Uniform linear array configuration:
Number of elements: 16
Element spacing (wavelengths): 0.25
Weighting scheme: uniform
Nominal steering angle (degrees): -60
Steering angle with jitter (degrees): -60.477
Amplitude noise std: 0.05
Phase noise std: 0.05

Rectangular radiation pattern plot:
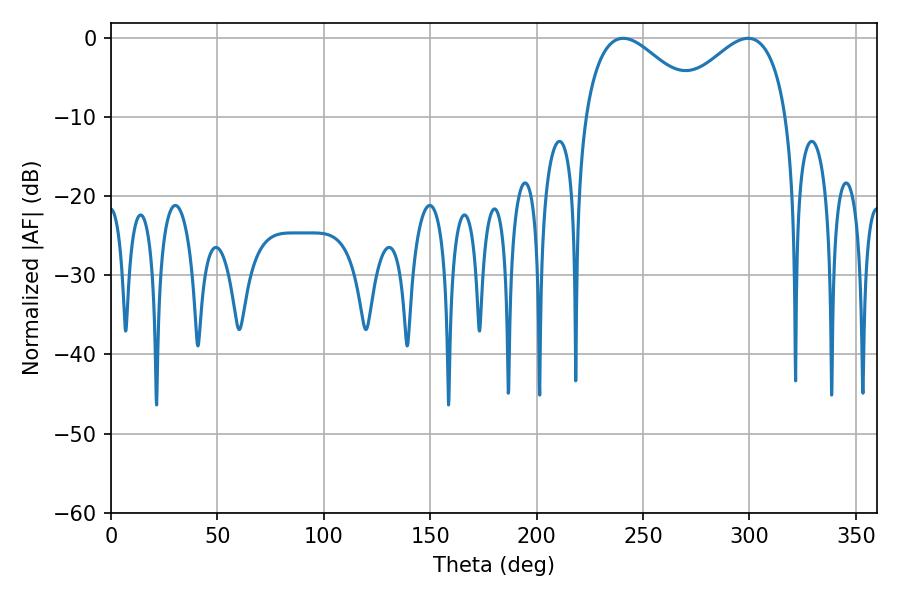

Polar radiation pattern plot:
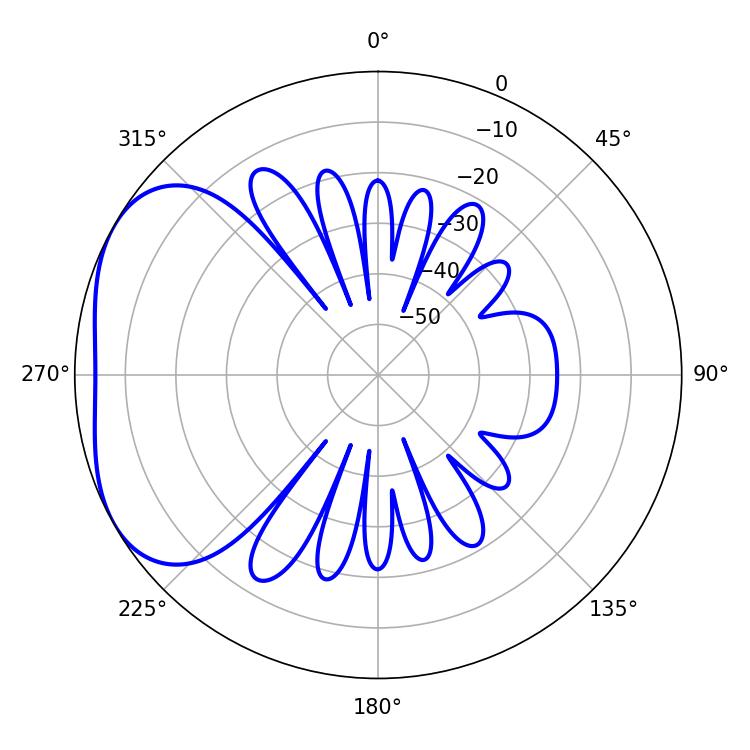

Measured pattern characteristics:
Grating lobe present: FALSE
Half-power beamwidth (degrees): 29.7
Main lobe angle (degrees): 240.66